Lunatic asylums Punjab 1881-1894 - 1881-1894
Year: 1881
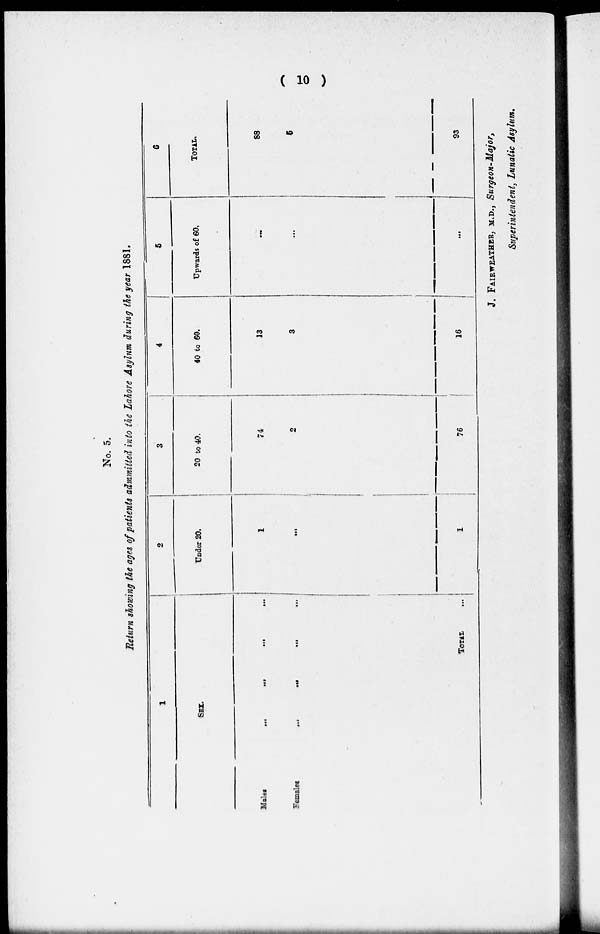
(10)
No. 5.
Return showing the ages of patients admmitted into the Lahore Asylum during the year 1881.
1
SEX.
Males...
...
...
...
Females
...
...
...
...
TOTAL ...
2
Under 20.
1
...
1
3
20 to 40.
74
2
76
4
40 to 60.
13
3
16
5
Upwards of 60,
...
...
...
6
TOTAL.
88
5
93
J. FAIRWEATHER, M.D., Surgeon-Major,
Superintendent, Lunatic Asylum.